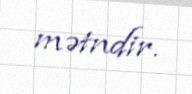
mətndir.